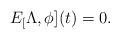
LaTeX: \begin{align*}E_[\Lambda,\phi](t) =0.\end{align*}